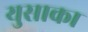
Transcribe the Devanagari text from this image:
युसाका